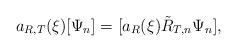
LaTeX: \begin{align*}a_{R,T}(\xi)[\Psi_n]&=[a_R(\xi)\tilde R_{T,n}\Psi_n],\end{align*}